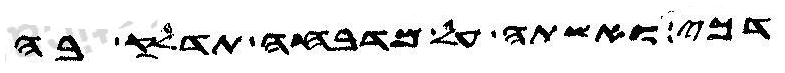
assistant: דכי ואשתה על מדבחה תדלק בה